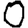
Digit: 0